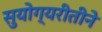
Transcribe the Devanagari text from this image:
सुयोग्यरीतीने